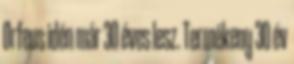
Orfeus idén már 30 éves lesz. Termékeny 30 év